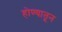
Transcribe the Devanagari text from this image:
होण्यातून